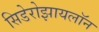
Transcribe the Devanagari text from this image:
सिडेरोझायलॉन